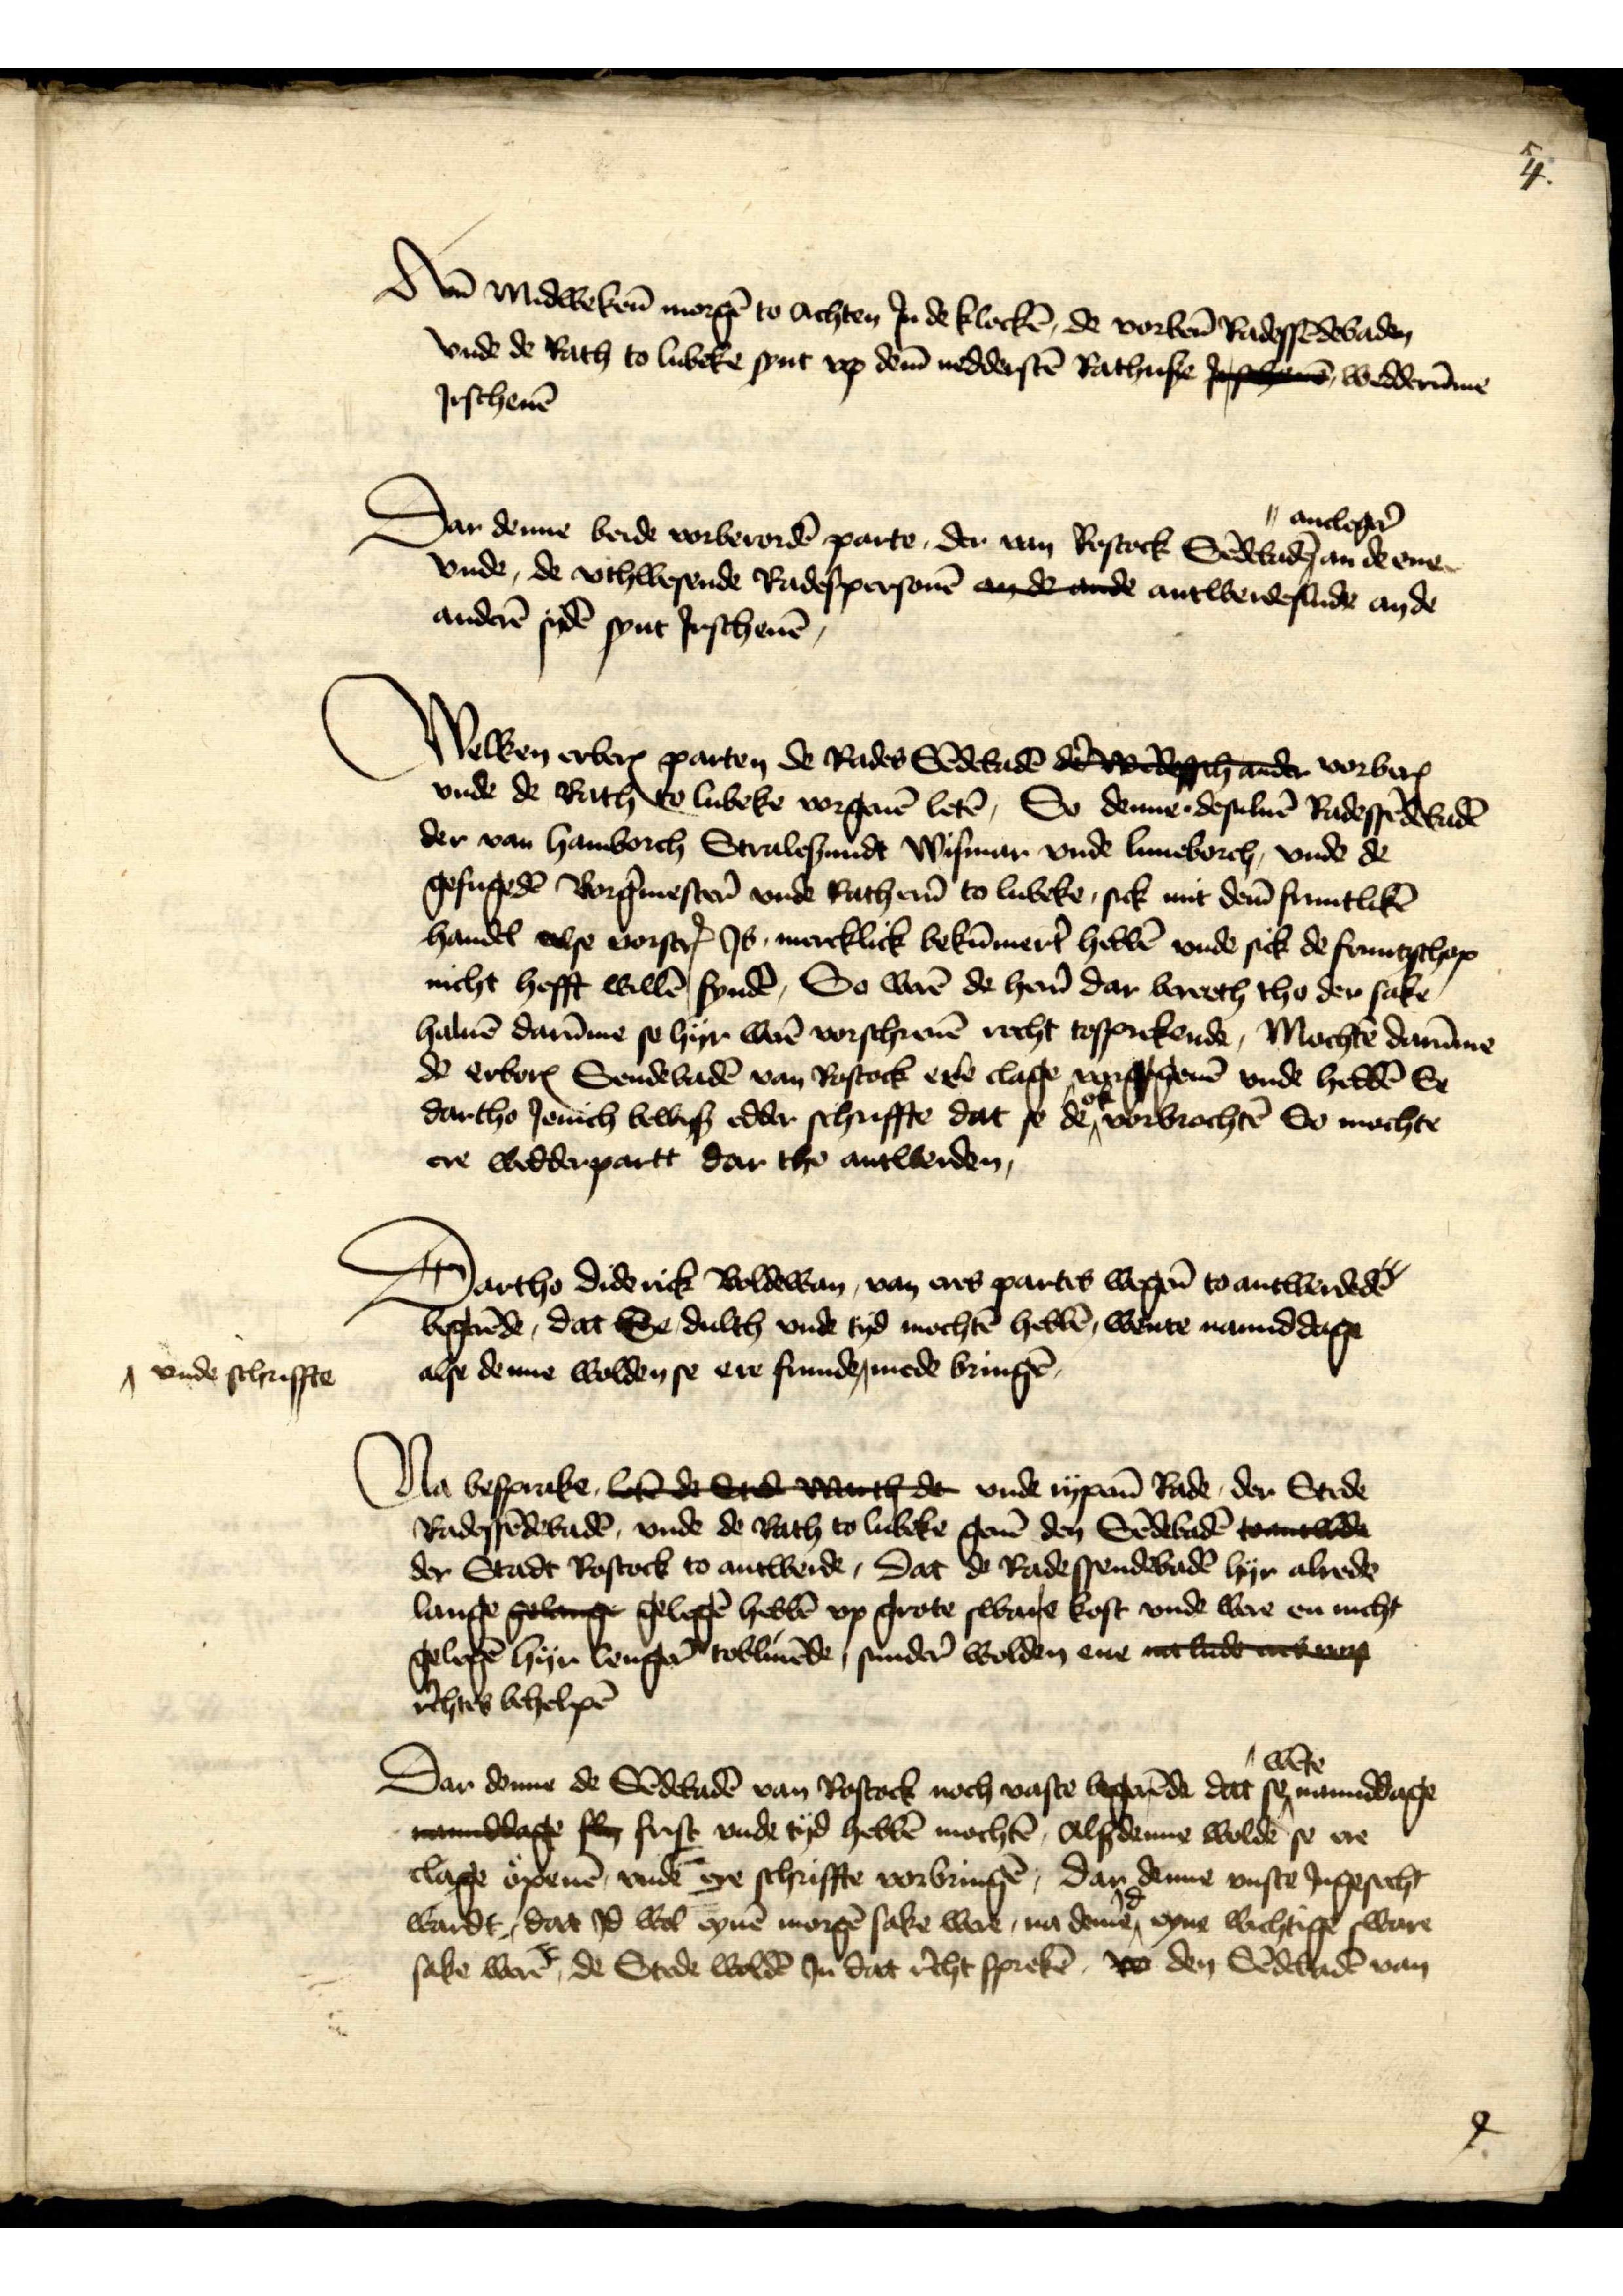
4

Am̄ Midweken̄ morgē to achten Jn de klockē, de vorben̄ Radessēdebaden
vnde de Rath to Lubeke synt vp dem̄ nedderstē Rathuse Jrschene wedderūme
Jrschenē

Dar denne beide vorberordē parte, der van Rostock Sedebadē ancleger̉ an de ene
vnde, de vthwesende Radespersonē an de ande antwerdeslude an de
anderē sidē synt Jrschenē

Welken erberꝬ parten de Rades Sēdebadē schade vorberꝬ
vnde de Rath Lubeke vorgeuē letē, So denne desuluē Radessēdebadē
der van Hamborch Stralesundt Wismar vnde Luneborch, vnde de
gefugedē Borg̉mester̉ vnde Rather̉n to Lubeke, sick mit dem̄ fruntlikē
handel alse vorscrꝬ Js, mercklick bekūmert̉ hebbē vnde sick de fruntschop
nicht hefft willē syndē, So werē de her̉n dar bereeth tho der sake
haluē darūme se hyr werē vorschreuē recht tosprekende, Mochtē darūme
dē erborꝬ Sendebadē van Rostock ere clage vorgegeuē vnde heddē Se
dartho Jenich bewis edder schriffte dat se de ok vorbrochtē So mochte
ere wedderpart dar tho antwerden,

Dartho Diderick Boldewan van eres partes wegen̄ to antwerdedē
begerēde, dat Se dulth vnde tyd mochtē hebbē, wente namiddage
alse denne wolden se ere frunde ^ mede bringē

^ vnde schriffte

Na besprake, leten de Stade dar de vnde rypenē Rade, der Stede
Radessēdebadē vnde de Rath to Lubeke geuē den Sendebadē toantwerde
der Stadt Rostock to antwerde, Dat de Radessendebadē hyr alrede
lange gelange gelegē hebbē vp grote sware kost vnde were en nicht
gelegen hyr lenger tobliuēde, sunder̉ wolden ene na lude ne
r̉chtes behelpē

Dar denne de Sēdebadē van Rostock noch vaste begerēde dat se wēte namiddage
mandage se frist vnde tyd hebbē mochtē, Alßdenne woldē se ere
clage openē, vnde ere schriffte vorbringē, dar denne vuste Jngesecht
wardt, dat Jd wol eynē morgē sake were, na deme Jd eyne wichtige sware
sake werē, de Stede woldē Jn dat r̉cht sprekē, wo den Sendebadē van